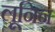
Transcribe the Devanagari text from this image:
लूनिन